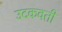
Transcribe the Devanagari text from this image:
उदकवती